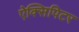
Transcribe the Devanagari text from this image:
ऐक्सिपिटर